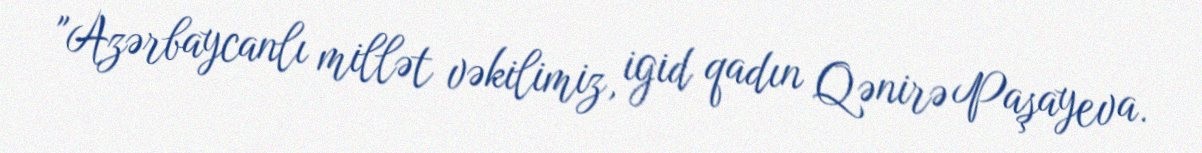
"Azərbaycanlı millət vəkilimiz, igid qadın Qənirə Paşayeva.